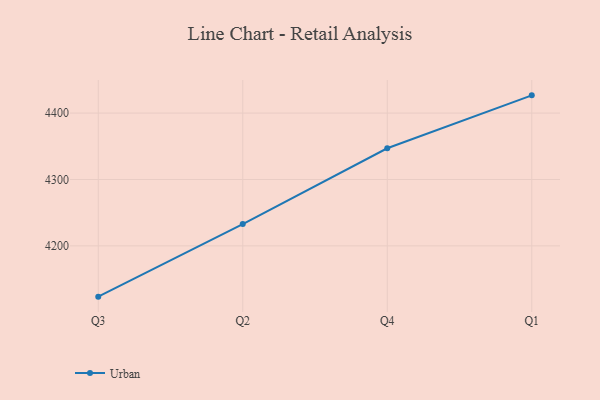
{"axis": {"x": "Quarter", "y": "Shipments"}, "legend": ["Urban"], "data": [{"x": "Q3", "y": 4123.5, "type": "Urban"}, {"x": "Q2", "y": 4232.8, "type": "Urban"}, {"x": "Q4", "y": 4347.0, "type": "Urban"}, {"x": "Q1", "y": 4426.7, "type": "Urban"}]}